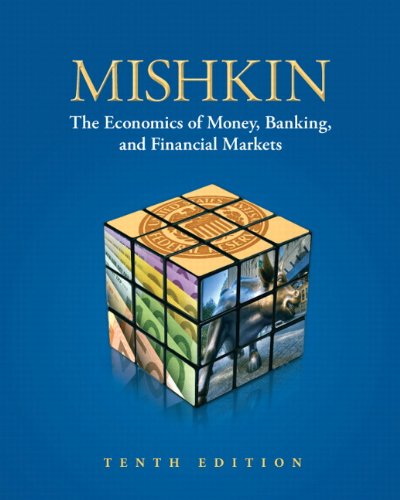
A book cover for Economics of Money, Banking, and Financial Markets, 10th Edition; Frederic S. Mishkin; Business & Money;